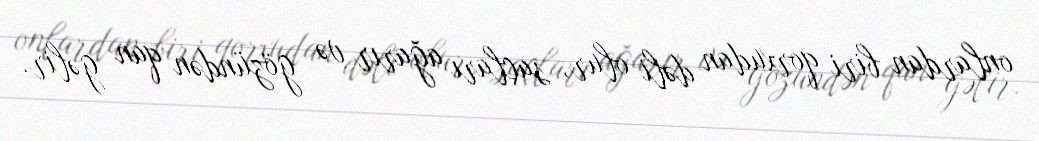
onlardan biri qorxudan dəli olur, saçları ağarır və gözündən qan gəlir.